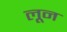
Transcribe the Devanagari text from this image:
लून